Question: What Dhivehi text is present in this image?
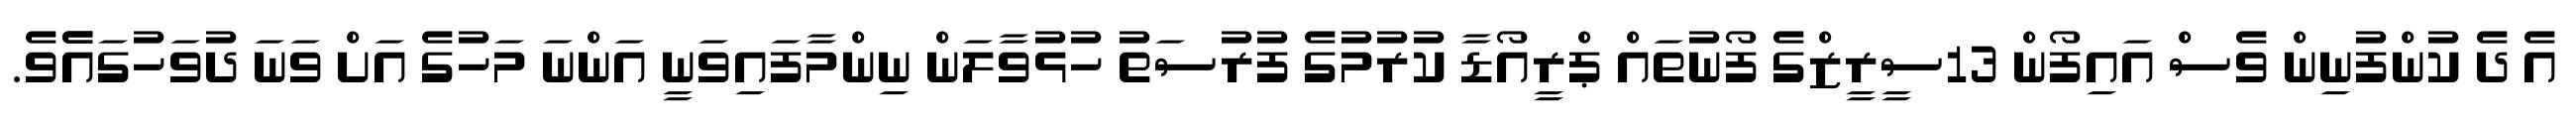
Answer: އެ ދެ ކުންފުނިން ވެސް އައިފޯން 13ސީރީޒްގެ ފޯނުތައް ޕްރީއޯޑާ ކުރުމުގެ ފުރުސަތު ހުޅުވާލަން ނިންމާފައިވަނީ އަންނަ މަހުގެ އަށް ވަނަ ދުވަހުގައެެވެ.